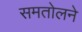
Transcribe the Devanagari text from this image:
समतोलने